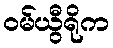
ဝမ်ယွီရိုက